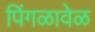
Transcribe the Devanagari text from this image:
पिंगळावेळ